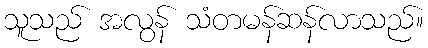
သူသည် အလွန် သံတမန်ဆန်လာသည်။